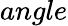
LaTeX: angle